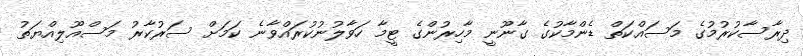
ދިރާސާކުރުމުގެ މަސައްކަތް ޑެންމާކުގެ ގާނޫނީ މާހިރުންގެ ޓީމާ ހަވާލުނުކުރައްވާނެ ކަމަށް ސަރުކާރު މަސްއޫލިއްޔަތު